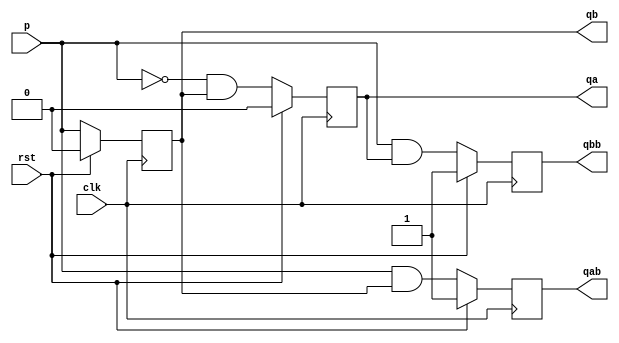
module ass1_2 (p,clk,rst,qa,qb,qab,qbb);
	input p,clk,rst;
//	input [1:0] j,k;
	output reg qa,qb,qab,qbb; //qa=ff a o/p; qb=ff b o/p; qab= ~qa; qbb=~qb;
	wire w1,w2,w3,w4;
	assign w1=!p;
	assign w2=(w1)&&(qb);
	assign w3=(p)&&(qb);
	assign w4=(p)&&(qa);
	always@(posedge clk)
		begin
			if(rst)
				begin
					qa<=1'b0;
					qb<=1'b0;
					qab<=1'b1;
					qbb<=1'b1;
				end
			else
				begin
					qa<=w2;
					qab<=w3;
					qb<=p;
					qbb<=w4;
				end
		end
endmodule